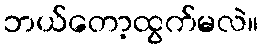
ဘယ်တော့ထွက်မလဲ။